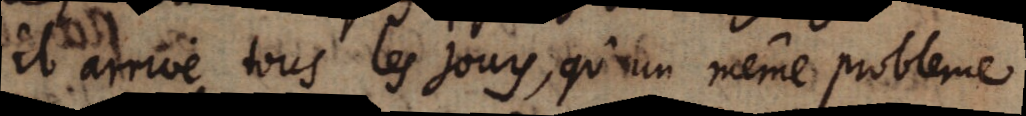
il arnve tous les jouy, qu’un même probleme